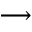
\longrightarrow